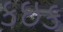
કઇક